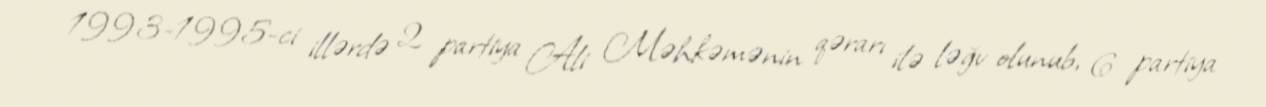
1993-1995-ci illərdə 2 partiya Ali Məhkəmənin qərarı ilə ləğv olunub, 6 partiya